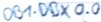
Text: DB1.DBX 0.0